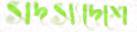
সদস্যদেশে